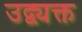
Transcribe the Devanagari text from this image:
उद्व्यक्त